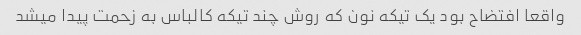
واقعا افتضاح بود یک تیکه نون که روش چند تیکه کالباس به زحمت پیدا میشد